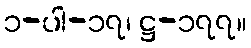
၁-ပါ-၁၇၊ ဋ္ဌ-၁၇၇။